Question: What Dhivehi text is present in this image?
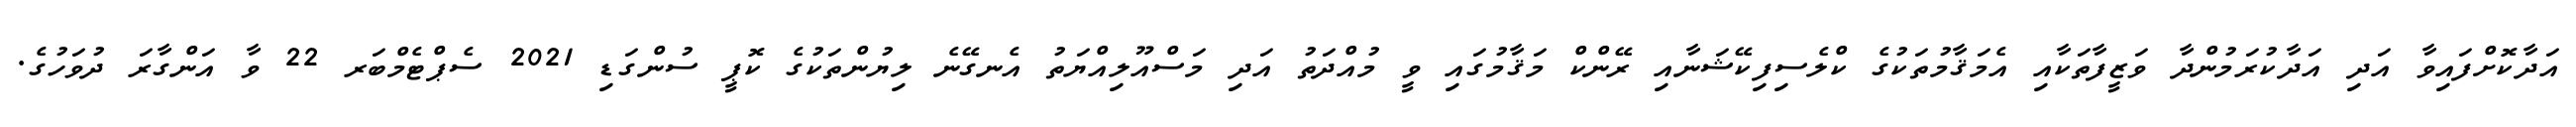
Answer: އަދާކޮށްފައިވާ އަދި އަދާކުރަމުންދާ ވަޒީފާތަކާއި އެމަޤާމުތަކުގެ ކްލެސިފިކޭޝަނާއި ރޭންކް މަޤާމުގައި ވީ މުއްދަތު އަދި މަސްއޫލިއްޔަތު އެނގޭނެ ލިޔުންތަކުގެ ކޮޕީ ސުންގަޑި 2021 ސެޕްޓެމްބަރ 22 ވާ އަންގާރަ ދުވަހުގެ.